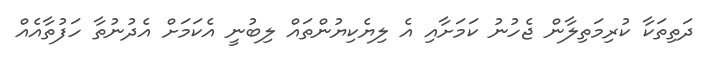
ދަތިތަކާ ކުރިމަތިލާން ޖެހުނު ކަމަށާއި އެ ލިޔެކިޔުންތައް ލިބުނީ އެކަމަށް އެދުނުތާ ހަފުތާއެއް